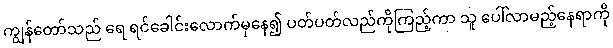
ကျွန်တော်သည် ရေ ရင်ခေါင်းလောက်မှနေ၍ ပတ်ပတ်လည်ကိုကြည့်ကာ သူ ပေါ်လာမည့်နေရာကို